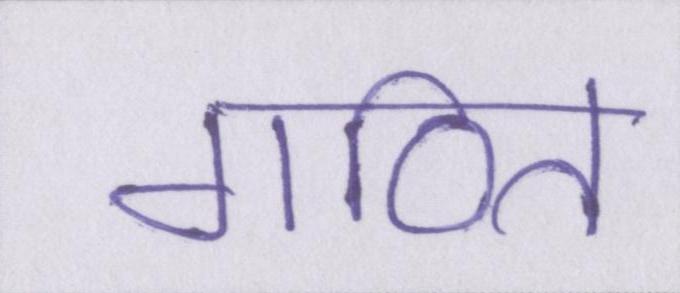
गठित